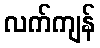
လက်ကျန်